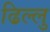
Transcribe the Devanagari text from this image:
ढिल्लु